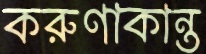
করুণাকান্ত